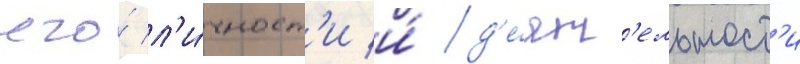
его́ л'и́чност'и и́ д'е́ят'ельност'и